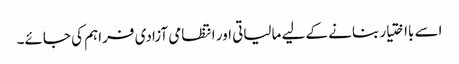
اسے بااختیار بنانے کے لیے مالیاتی اور انتظامی آزادی فراہم کی جائے۔